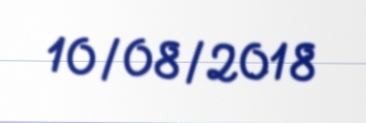
10/08/2018